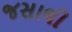
જસાલી